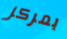
بمركز